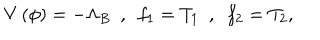
V \left( \phi \right) = - \Lambda _ { B } \, \, \, , \, \, \, f _ { 1 } = T _ { 1 } \, \, \, , \, \, \, f _ { 2 } = T _ { 2 } ,